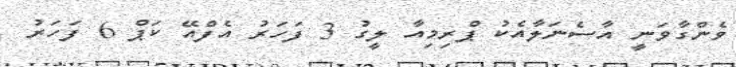
ވެންގާވަނީ އާސެނަލާއެކު ޕްރިމިއާ ލީގު 3 ފަހަރު އެފްއޭ ކަޕް 6 ފަހަރު